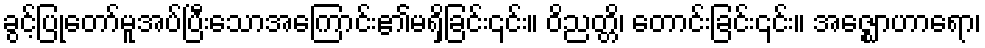
ခွင့်ပြုတော်မူအပ်ပြီးသောအကြောင်း၏မရှိခြင်း၎င်း။ ဝိညတ္တိ၊ တောင်းခြင်း၎င်း။ အဇ္ဈောဟာရော၊